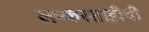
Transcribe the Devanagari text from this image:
लष्करशाहीची